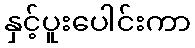
နှင့်ပူးပေါင်းကာ